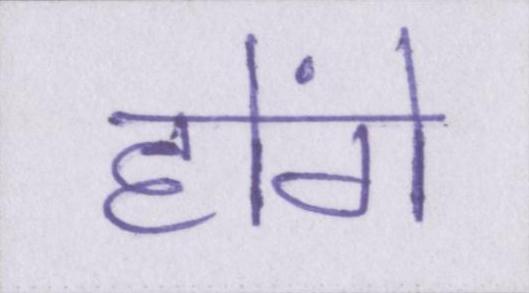
होंगे